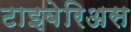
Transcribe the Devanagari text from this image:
टाइबेरिअस